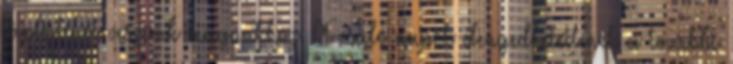
táplálékot veszünk magunkhoz. A csaló napok elengedhetetlenek a további